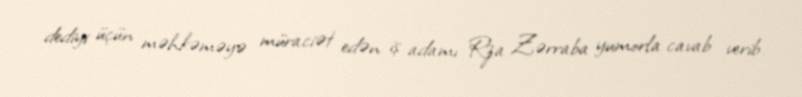
dediyi üçün məhkəməyə müraciət edən iş adamı Rza Zərraba yumorla cavab verib.